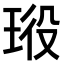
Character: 𤥞